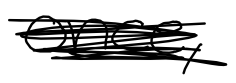
Text: once,
Cross-out: scratch
Writing tool: digital_black